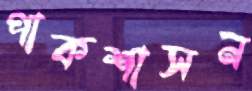
পাকশাসন